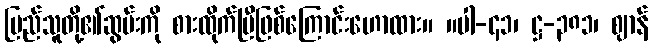
ပြည်သူတို့၏ဆွမ်းကို စားထိုက်ပြီဖြစ်ကြောင်းဟောထား။ ။ပါ-၄၁၊ ဋ္ဌ-၃၈၁၊ ဈာန်